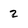
Character: 2